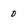
Character: 0